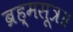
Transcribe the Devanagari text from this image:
ब्रह्मसूत्र॥